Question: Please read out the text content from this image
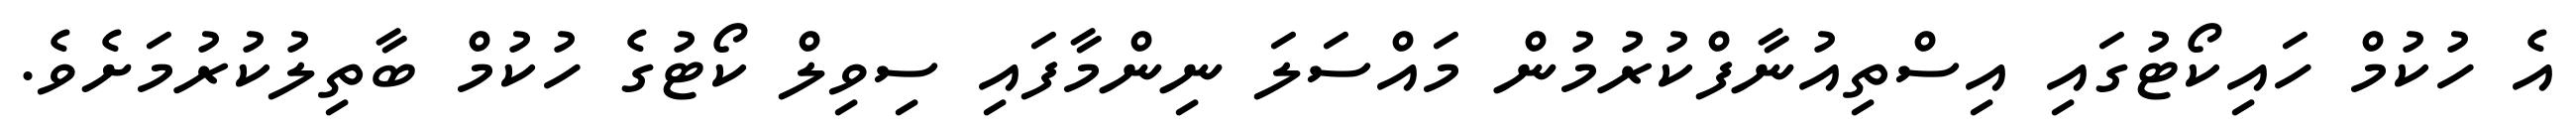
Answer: އެ ހުކުމް ހައިކޯޓުގައި އިސްތިއުނާފްކުރުމުން މައްސަލަ ނިންމާފައި ސިވިލް ކޯޓުގެ ހުކުމް ބާތިލުކުރުމަށެވެ.